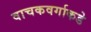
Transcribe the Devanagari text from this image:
वाचकवर्गाकडे